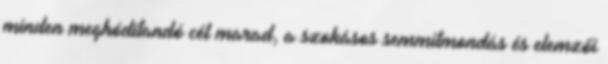
minden meghódítandó cél marad, a szokásos semmitmondás és elemzői